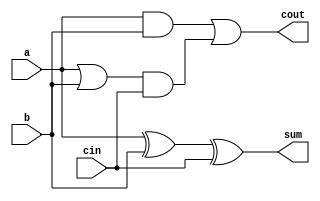
`timescale 1 ps / 100 fs
module adder(sum,cout,a,b,cin);
input   a,b,cin;
output  cout,sum;
// sum = a xor b xor cin
xor #(50) (sum,a,b,cin);
// carry out = a.b + cin.(a+b)
and #(50) and1(c1,a,b);
or #(50) or1(c2,a,b);
and #(50) and2(c3,c2,cin);
or #(50) or2(cout,c1,c3);
endmodule